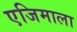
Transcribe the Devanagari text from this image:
एजिमाला